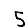
Digit: 5